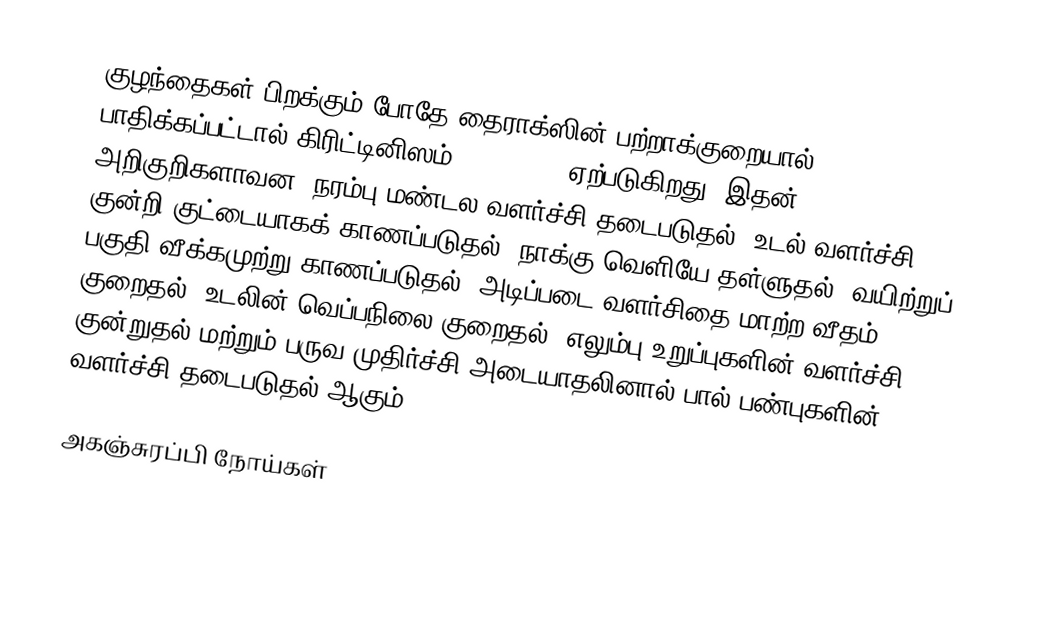
குழந்தைகள் பிறக்கும் போதே தைராக்ஸின் பற்றாக்குறையால் பாதிக்கப்பட்டால் கிரிட்டினிஸம்(Cretinism) ஏற்படுகிறது. இதன் அறிகுறிகளாவன, நரம்பு மண்டல வளர்ச்சி தடைபடுதல், உடல் வளர்ச்சி குன்றி குட்டையாகக் காணப்படுதல், நாக்கு வெளியே தள்ளுதல், வயிற்றுப் பகுதி வீக்கமுற்று காணப்படுதல், அடிப்படை வளர்சிதை மாற்ற வீதம் குறைதல், உடலின் வெப்பநிலை குறைதல், எலும்பு உறுப்புகளின் வளர்ச்சி குன்றுதல் மற்றும் பருவ முதிர்ச்சி அடையாதலினால் பால் பண்புகளின் வளர்ச்சி தடைபடுதல் ஆகும்.

அகஞ்சுரப்பி நோய்கள்